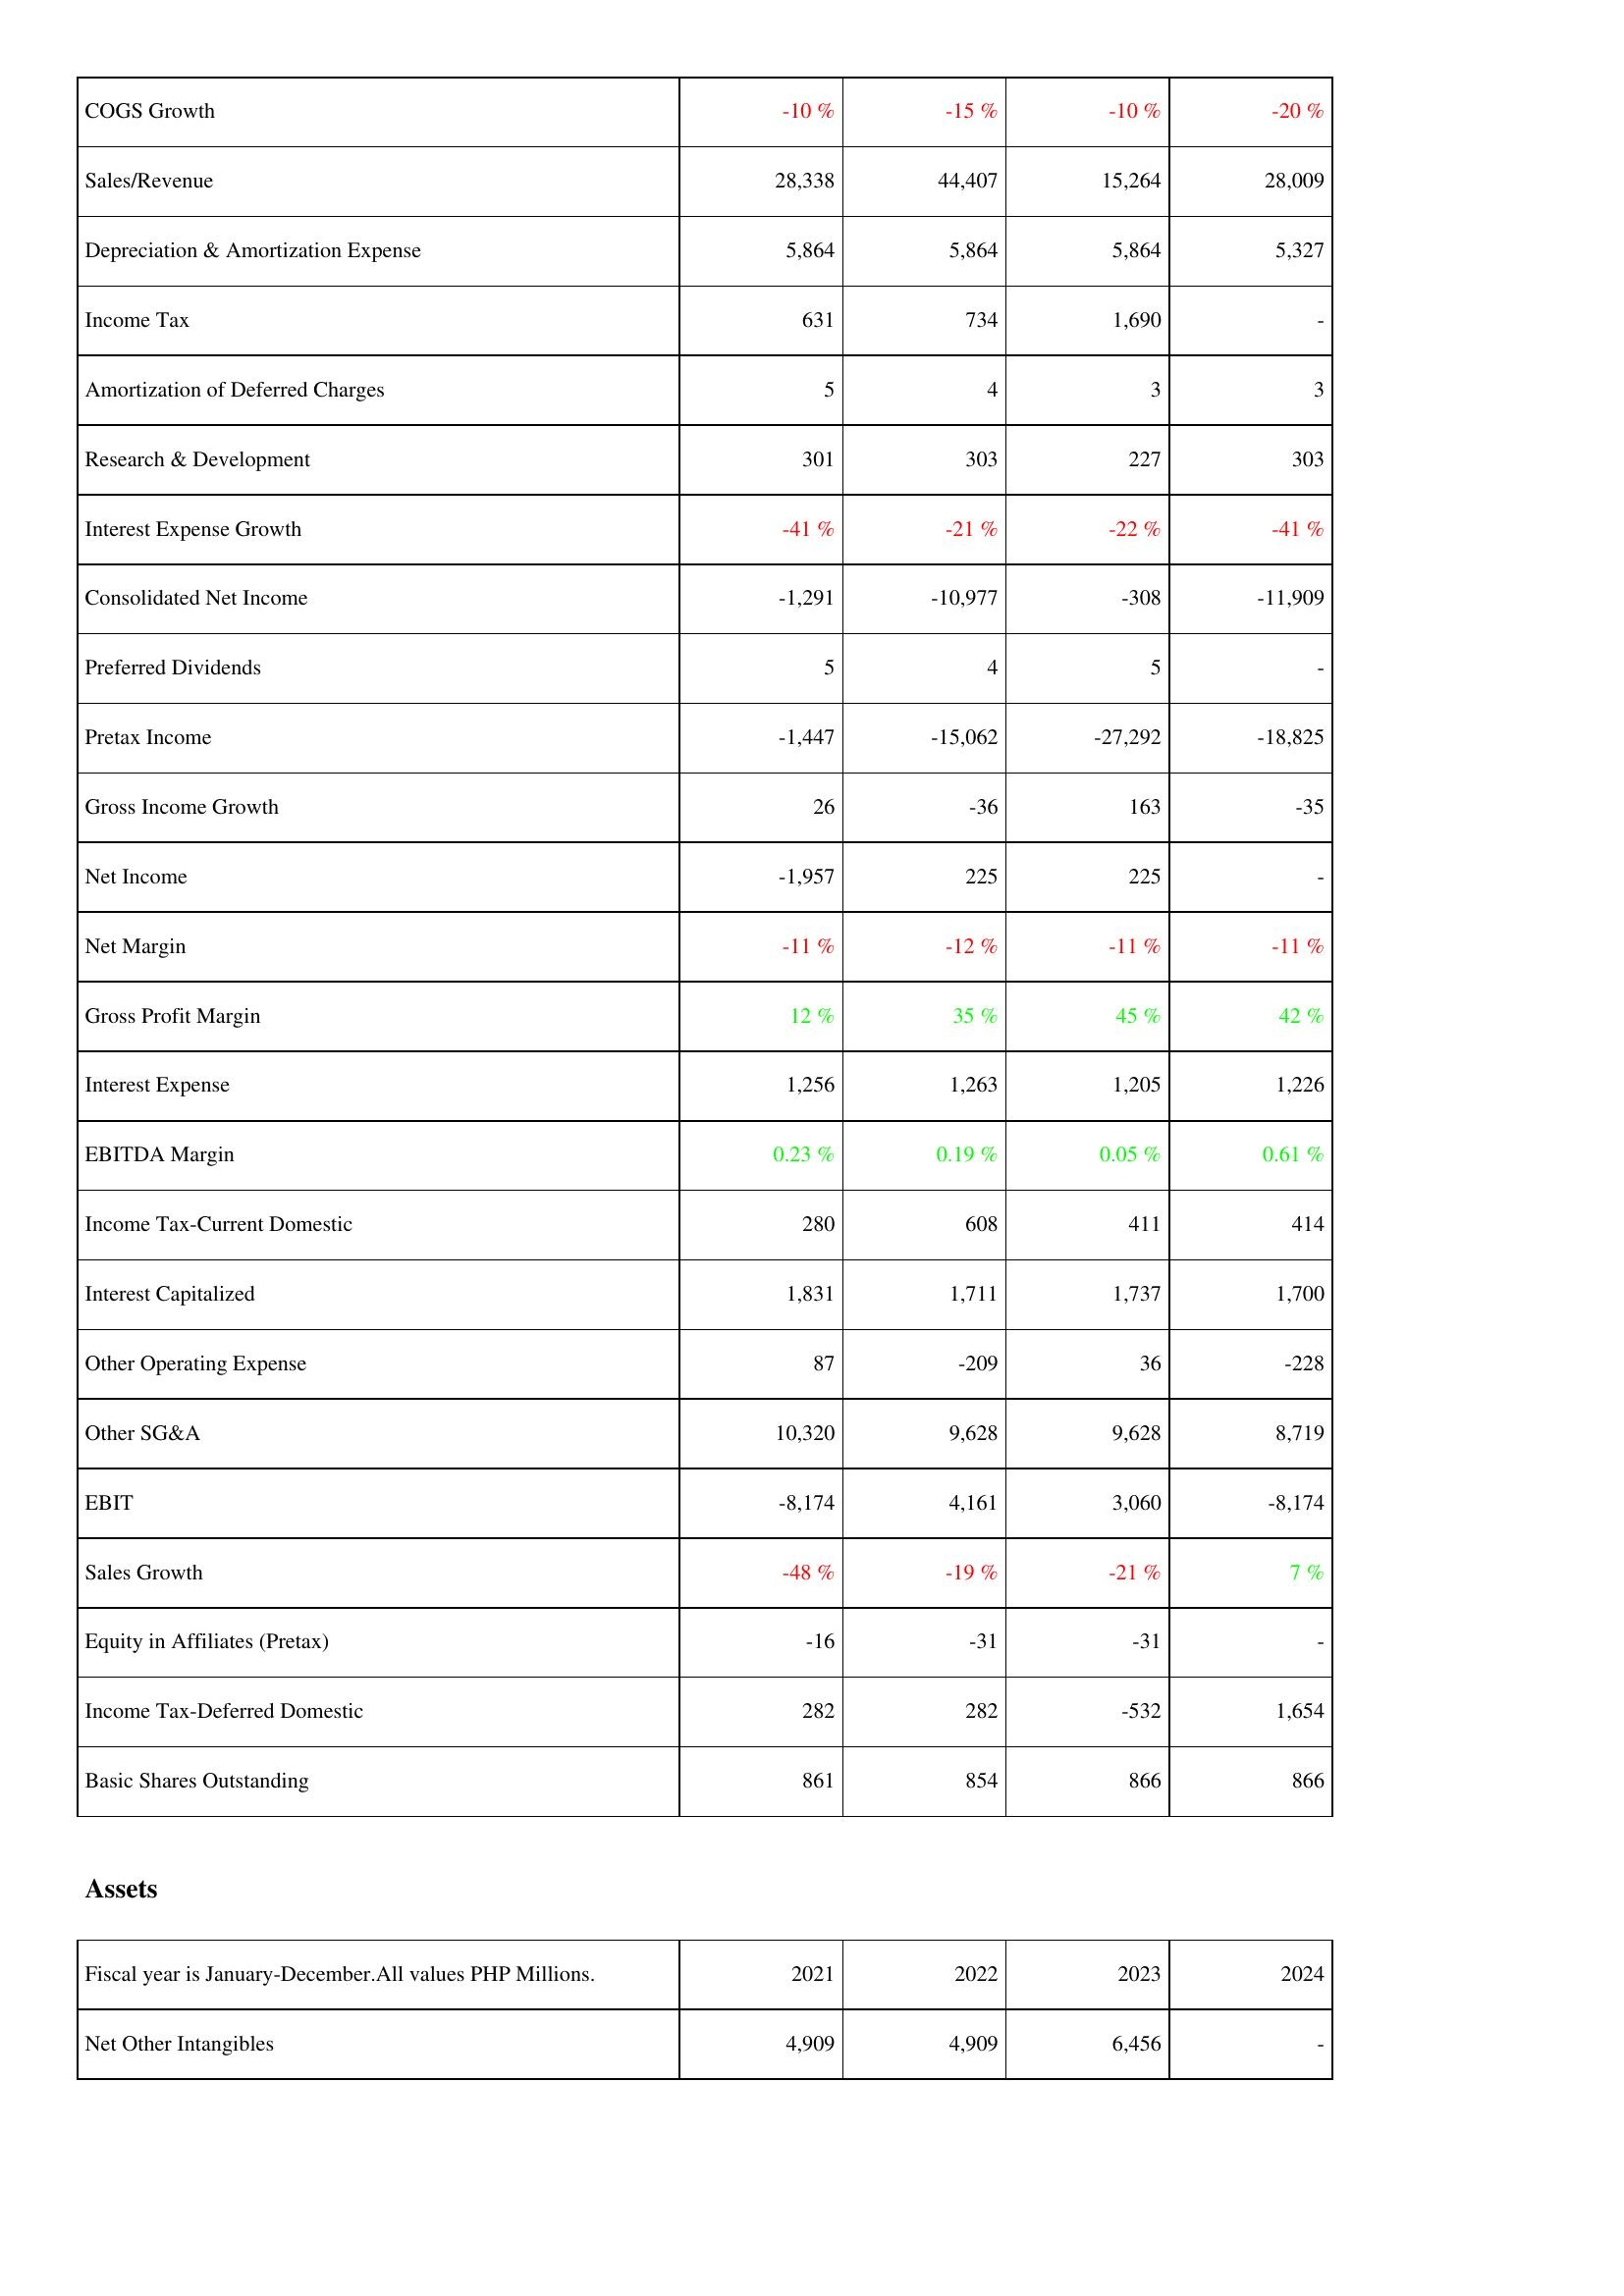
2021: Income Statement: COGS Growth: -10 %
Sales/Revenue: 28,338
Depreciation & Amortization Expense: 5,864
Income Tax: 631
Amortization of Deferred Charges: 5
Research & Development: 301
Interest Expense Growth: -41 %
Consolidated Net Income: -1,291
Preferred Dividends: 5
Pretax Income: -1,447
Gross Income Growth: 26
Net Income: -1,957
Net Margin: -11 %
Gross Profit Margin: 12 %
Interest Expense: 1,256
EBITDA Margin: 0.23 %
Income Tax-Current Domestic: 280
Interest Capitalized: 1,831
Other Operating Expense: 87
Other SG&A: 10,320
EBIT: -8,174
Sales Growth: -48 %
Equity in Affiliates (Pretax): -16
Income Tax-Deferred Domestic: 282
Basic Shares Outstanding: 861
Assets: Net Other Intangibles: 4,909
2022: Income Statement: COGS Growth: -15 %
Sales/Revenue: 44,407
Depreciation & Amortization Expense: 5,864
Income Tax: 734
Amortization of Deferred Charges: 4
Research & Development: 303
Interest Expense Growth: -21 %
Consolidated Net Income: -10,977
Preferred Dividends: 4
Pretax Income: -15,062
Gross Income Growth: -36
Net Income: 225
Net Margin: -12 %
Gross Profit Margin: 35 %
Interest Expense: 1,263
EBITDA Margin: 0.19 %
Income Tax-Current Domestic: 608
Interest Capitalized: 1,711
Other Operating Expense: -209
Other SG&A: 9,628
EBIT: 4,161
Sales Growth: -19 %
Equity in Affiliates (Pretax): -31
Income Tax-Deferred Domestic: 282
Basic Shares Outstanding: 854
Assets: Net Other Intangibles: 4,909
2023: Income Statement: COGS Growth: -10 %
Sales/Revenue: 15,264
Depreciation & Amortization Expense: 5,864
Income Tax: 1,690
Amortization of Deferred Charges: 3
Research & Development: 227
Interest Expense Growth: -22 %
Consolidated Net Income: -308
Preferred Dividends: 5
Pretax Income: -27,292
Gross Income Growth: 163
Net Income: 225
Net Margin: -11 %
Gross Profit Margin: 45 %
Interest Expense: 1,205
EBITDA Margin: 0.05 %
Income Tax-Current Domestic: 411
Interest Capitalized: 1,737
Other Operating Expense: 36
Other SG&A: 9,628
EBIT: 3,060
Sales Growth: -21 %
Equity in Affiliates (Pretax): -31
Income Tax-Deferred Domestic: -532
Basic Shares Outstanding: 866
Assets: Net Other Intangibles: 6,456
2024: Income Statement: COGS Growth: -20 %
Sales/Revenue: 28,009
Depreciation & Amortization Expense: 5,327
Income Tax: -
Amortization of Deferred Charges: 3
Research & Development: 303
Interest Expense Growth: -41 %
Consolidated Net Income: -11,909
Preferred Dividends: -
Pretax Income: -18,825
Gross Income Growth: -35
Net Income: -
Net Margin: -11 %
Gross Profit Margin: 42 %
Interest Expense: 1,226
EBITDA Margin: 0.61 %
Income Tax-Current Domestic: 414
Interest Capitalized: 1,700
Other Operating Expense: -228
Other SG&A: 8,719
EBIT: -8,174
Sales Growth: 7 %
Equity in Affiliates (Pretax): -
Income Tax-Deferred Domestic: 1,654
Basic Shares Outstanding: 866
Assets: Net Other Intangibles: -